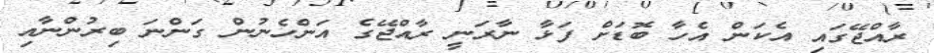
ރާއްޖޭގައި އެކަން އެހާ ބޮޑަށް ފަޅާ ނާރަނީ ރާއްޖޭގެ އަންހެނުން ގަންނަ ބިރުންނާއި